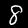
Digit: 8